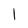
Character: 1